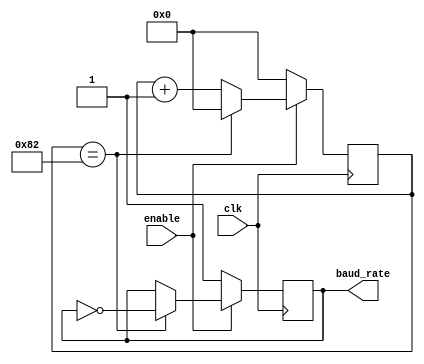
`timescale 1ns / 1ps
//////////////////////////////////////////////////////////////////////////////////
// Company: 
// Engineer: 
// 
// Design Name: 
// Module Name:    baud_rate 
// Project Name: 
// Target Devices: 
// Tool versions: 
// Description: 
//
// Dependencies: 
//
// Revision: 
// Revision 0.01 - File Created
// Additional Comments: 
//
//////////////////////////////////////////////////////////////////////////////////
module baud_rate
	#(parameter CLK_FREQ = 50_000_00,
	  parameter BAUD_RATE = 9600)(
    input clk,
	input enable,
    output baud_rate
    );

localparam MAX_COUNT = CLK_FREQ / (BAUD_RATE * 4);

reg [16:0] counter = 0;
reg r_baud_rate = 1'b1;

always @(posedge clk)
begin
	if(enable == 1) begin
		if(counter == MAX_COUNT) begin
			counter <= 0;
			r_baud_rate <= ~r_baud_rate;
		end
		else begin
			counter <= counter + 1'b1;
			r_baud_rate <= r_baud_rate;
		end
	end
	else begin
		counter <= 0;
		r_baud_rate <= 1'b1;
	end
end

assign baud_rate = r_baud_rate;

endmodule